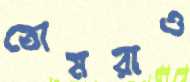
তোমরাও